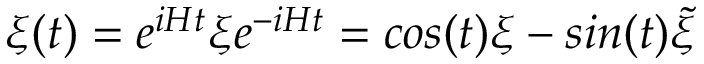
\xi ( t ) = e ^ { i H t } \xi e ^ { - i H t } = c o s ( t ) \xi - s i n ( t ) { \widetilde \xi }